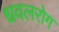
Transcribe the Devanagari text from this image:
धवलरोग